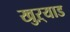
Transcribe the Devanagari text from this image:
खुऱ्याड